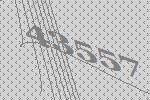
43557